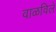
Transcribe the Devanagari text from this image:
वाळविले